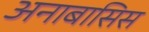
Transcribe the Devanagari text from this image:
अनाबासिस